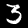
Digit: 3